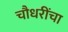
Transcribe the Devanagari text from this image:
चौधरींचा